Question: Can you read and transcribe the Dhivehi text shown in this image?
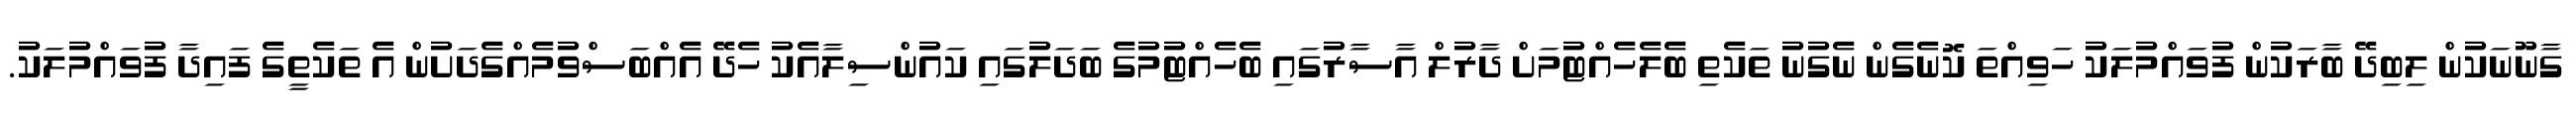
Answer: ގާނޫނަކުން ލިބިދޭ ބާރަކުން ފުވައްމުލަކު ހަވިއްތަ ކޮނެގެން ނެގުނު ތަކެތި ބެލެހެއްޓުމަށް ދާރުލް އާސާރުގައި ބެހެއްޓުމުގެ ބަދަލުގައި ކައުންސިލާއެކު ހެދޭ އެއްބަސްވުމެއްގެދަށުން އެ ތަކެތީގެ ފައިދާ ފުވައްމުލަކު.